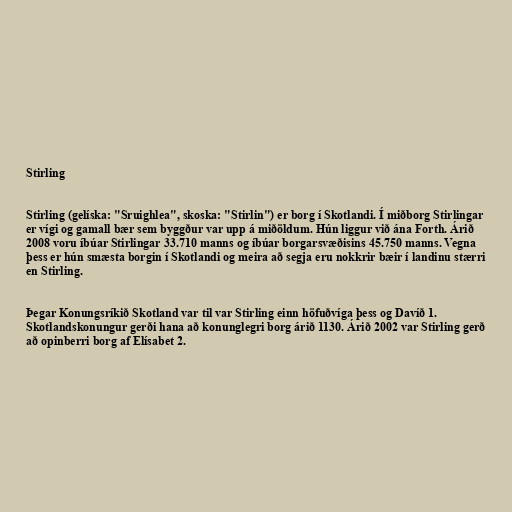
Stirling

Stirling (gelíska: "Sruighlea", skoska: "Stirlin") er borg í Skotlandi. Í miðborg Stirlingar
er vígi og gamall bær sem byggður var upp á miðöldum. Hún liggur við ána Forth. Árið
2008 voru íbúar Stirlingar 33.710 manns og íbúar borgarsvæðisins 45.750 manns. Vegna
þess er hún smæsta borgin í Skotlandi og meira að segja eru nokkrir bæir í landinu stærri
en Stirling.

Þegar Konungsríkið Skotland var til var Stirling einn höfuðvíga þess og Davíð 1.
Skotlandskonungur gerði hana að konunglegri borg árið 1130. Árið 2002 var Stirling gerð
að opinberri borg af Elísabet 2.